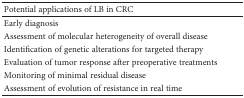
<table><thead><tr><td><b>Potential applications of LB in CRC</b></td></tr></thead><tbody><tr><td>Early diagnosis</td></tr><tr><td>Assessment of molecular heterogeneity of overall disease</td></tr><tr><td>Identification of genetic alterations for targeted therapy</td></tr><tr><td>Evaluation of tumor response after preoperative treatments</td></tr><tr><td>Monitoring of minimal residual disease</td></tr><tr><td>Assessment of evolution of resistance in real time</td></tr></tbody></table>